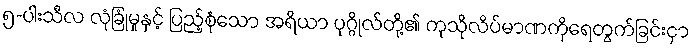
၅-ပါးသီလ လုံခြုံမှုနှင့် ပြည့်စုံသော အရိယာ ပုဂ္ဂိုလ်တို့၏ ကုသိုလိပ်မာဏကိုရေတွက်ခြင်းငှာ